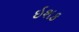
ઇશક